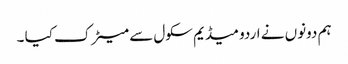
ہم دونوں نے اردو میڈیم سکول سے میٹرک کیا ۔